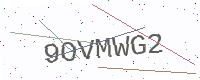
Text: 9OVMWG2